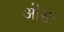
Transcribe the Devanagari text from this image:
ओसा